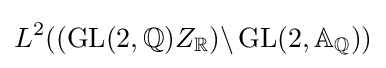
L^{2}((\operatorname {GL} (2,\mathbb {Q} )Z_{\mathbb {R} })\backslash \operatorname {GL} (2,\mathbb {A} _{\mathbb {Q} }))